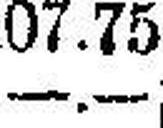
—.—